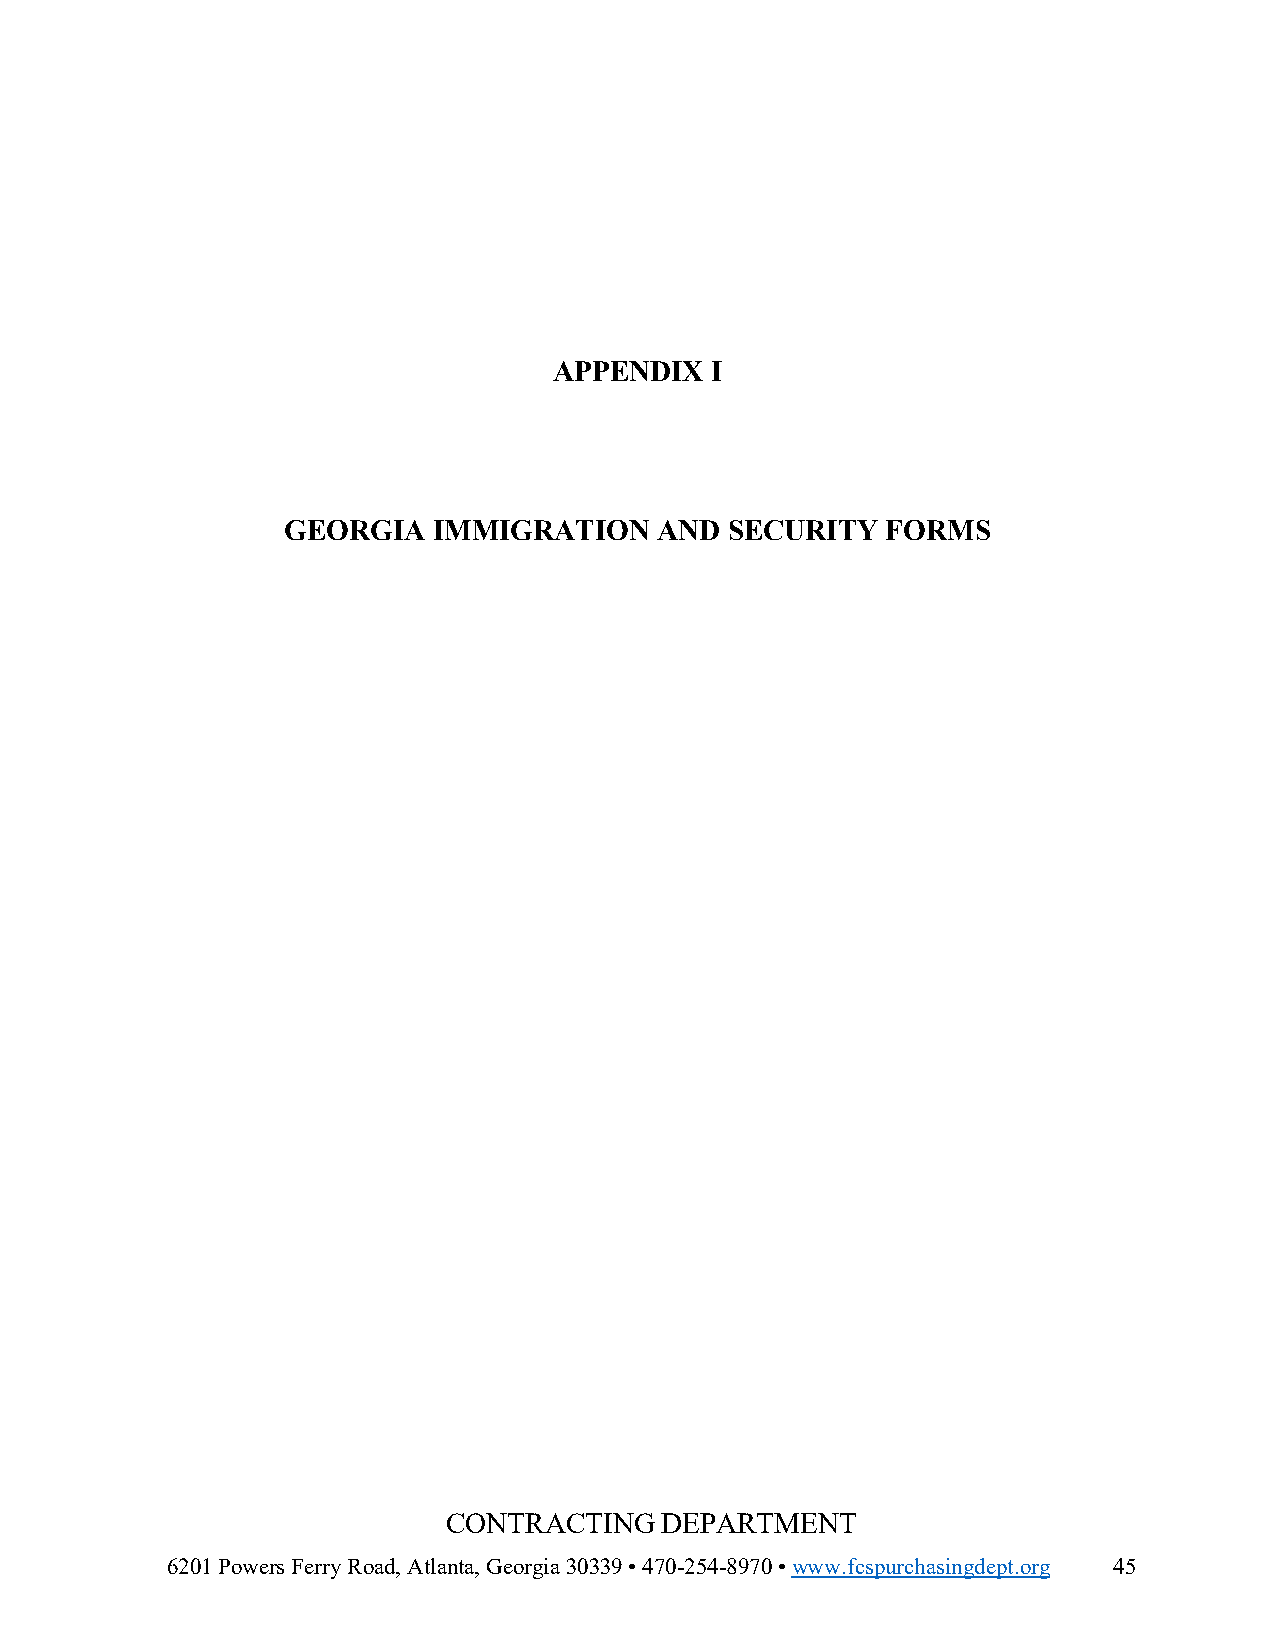
APPENDIX  I
 GEORGIA   IMMIGRATION   AND  SECURITY   FORMS
 CONTRACTING   DEPARTMENT
 6201 Powers Ferry Road, Atlanta, Georgia 30339 • 470-254-8970 • www.fcspurchasingdept.org 45